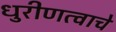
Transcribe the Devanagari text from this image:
धुरीणत्वाचे